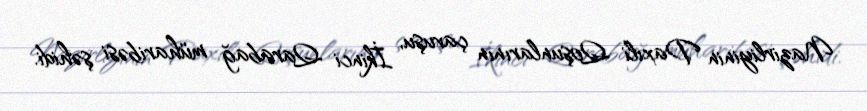
Nazirliyinin Daxili Qoşunlarının çavuşu, İkinci Qarabağ müharibəsi şəhidi.